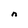
Character: n